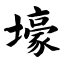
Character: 壕